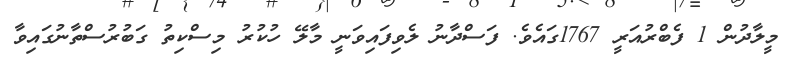
މީލާދުން 1 ފެބްރުއަރީ 1767ގައެވެ. ފަސްދާނު ލެވިފައިވަނީ މާލޭ ހުކުރު މިސްކިތު ގަބުރުސްތާނުގައިވާ